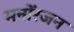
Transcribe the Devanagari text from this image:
मनोंरजन